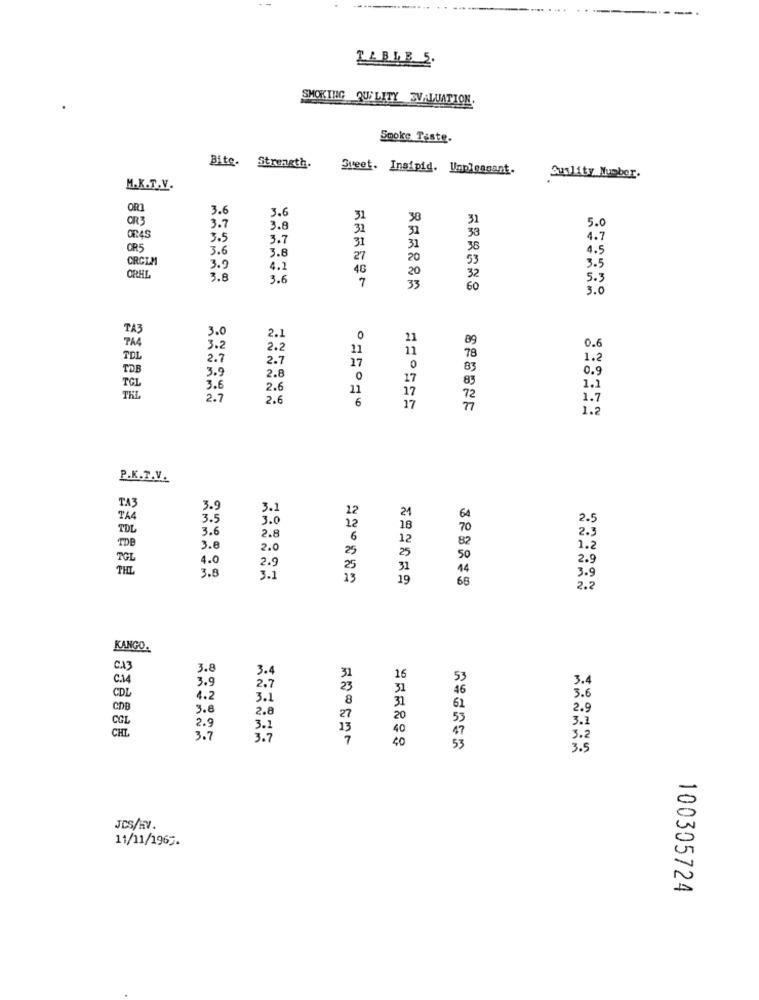
ZABLE 5.
SMOKING QUALITY EVALUATION.
Smoke Teste.
Bite. Strength.
Sweet. Insipid. Unplengant.
Suslity Number.
M.K.T.V.
ORI
3.6
3.6
OR3
31
30
5.0
3.7
3.8
31
37
33
OR45
3.5
3.7
4.7
OR5
3.6
3.8
31
31
38
4.5
CRCLM
27
20
53
3.5
3.9
4.2
46
20
ORHL
3.8
3.6
7
32
5.3
33
60
3.0
TA3
3.0
PA4
2.1
0
11
89
3.2
2.2
11
11
78
0.6
TEL
2.7
2.7
1.2
TOB
3.9
17
0
83
0.9
2.8
0
17
83
TGL
3 .6
2.6
11
17
72
1.1
THL
2.7
2.6
6
17
1.7
1.2
P.K.T.V.
3.9
3.1
12
64
3.5
3.0
22
28
2.5
TOL
3.6
2.3
2.8
6
12
80
TDB
3.8
2.0
25
50
1.2
TGL
4.0
2.9
PHIL
2.9
25
44
3.8
3.1
13
19
66
3.5
2.2
KANGO.
CA3
3.8
3.
C.14
16
53
3.4
3.9
2.7
46
CDL
4.2
3.1
8
31
61
3.6
CDB
3.8
2.8
2.9
COL
27
53
3.1
CHI
2.9
3.1
13
40
47
3.7
3.7
7
40
53
3.2
3.5
JCS/RV.
11/11/1965.
100305724